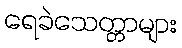
ရေခဲသေတ္တာများ